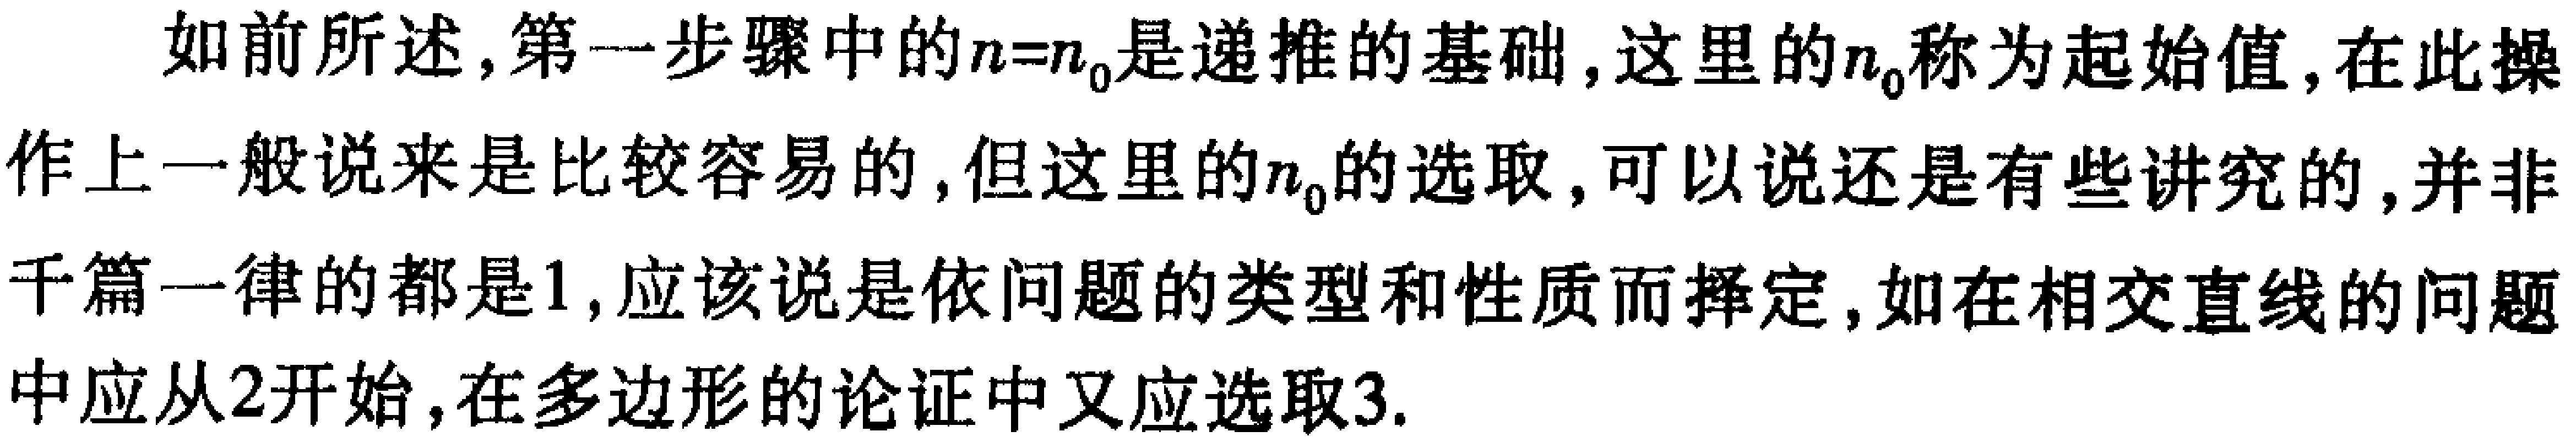
如前所述,第一步骤中的\(n = n_0\)是递推的基础,这里的\(n_0\)称为起始值,在此操作上一般说来是比较容易的,但这里的\(n_0\)的选取,可以说还是有些讲究的,并非千篇一律的都是\(1\),应该说是依问题的类型和性质而择定,如在相交直线的问题中应从\(2\)开始,在多边形的论证中又应选取\(3\).